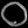
Digit: ၀